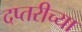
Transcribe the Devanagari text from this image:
दप्तरीच्या